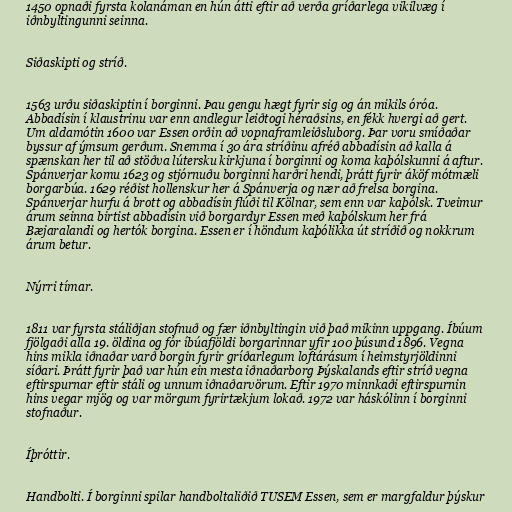
1450 opnaði fyrsta kolanáman en hún átti eftir að verða gríðarlega vikilvæg í
iðnbyltingunni seinna.

Siðaskipti og stríð.

1563 urðu siðaskiptin í borginni. Þau gengu hægt fyrir sig og án mikils óróa.
Abbadísin í klaustrinu var enn andlegur leiðtogi héraðsins, en fékk hvergi að gert.
Um aldamótin 1600 var Essen orðin að vopnaframleiðsluborg. Þar voru smíðaðar
byssur af ýmsum gerðum. Snemma í 30 ára stríðinu afréð abbadísin að kalla á
spænskan her til að stöðva lútersku kirkjuna í borginni og koma kaþólskunni á aftur.
Spánverjar komu 1623 og stjórnuðu borginni harðri hendi, þrátt fyrir áköf mótmæli
borgarbúa. 1629 réðist hollenskur her á Spánverja og nær að frelsa borgina.
Spánverjar hurfu á brott og abbadísin flúði til Kölnar, sem enn var kaþólsk. Tveimur
árum seinna birtist abbadísin við borgardyr Essen með kaþólskum her frá
Bæjaralandi og hertók borgina. Essen er í höndum kaþólikka út stríðið og nokkrum
árum betur.

Nýrri tímar.

1811 var fyrsta stáliðjan stofnuð og fær iðnbyltingin við það mikinn uppgang. Íbúum
fjölgaði alla 19. öldina og fór íbúafjöldi borgarinnar yfir 100 þúsund 1896. Vegna
hins mikla iðnaðar varð borgin fyrir gríðarlegum loftárásum í heimstyrjöldinni
síðari. Þrátt fyrir það var hún ein mesta iðnaðarborg Þýskalands eftir stríð vegna
eftirspurnar eftir stáli og unnum iðnaðarvörum. Eftir 1970 minnkaði eftirspurnin
hins vegar mjög og var mörgum fyrirtækjum lokað. 1972 var háskólinn í borginni
stofnaður.

Íþróttir.

Handbolti. Í borginni spilar handboltaliðið TUSEM Essen, sem er margfaldur þýskur